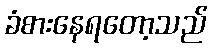
ခံစားနေရတော့သည်